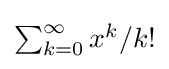
{\textstyle \sum _{k=0}^{\infty }x^{k}/k!}